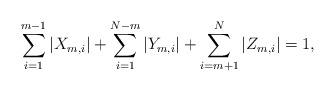
LaTeX: \begin{align*} \sum_{i=1}^{m-1} |X_{m, i}| + \sum_{i=1}^{N-m} |Y_{m, i}| + \sum_{i=m+1}^{N} |Z_{m, i}|=1,\end{align*}